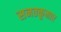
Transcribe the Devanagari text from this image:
सनतकूमार